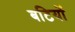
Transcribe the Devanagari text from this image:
बटियों